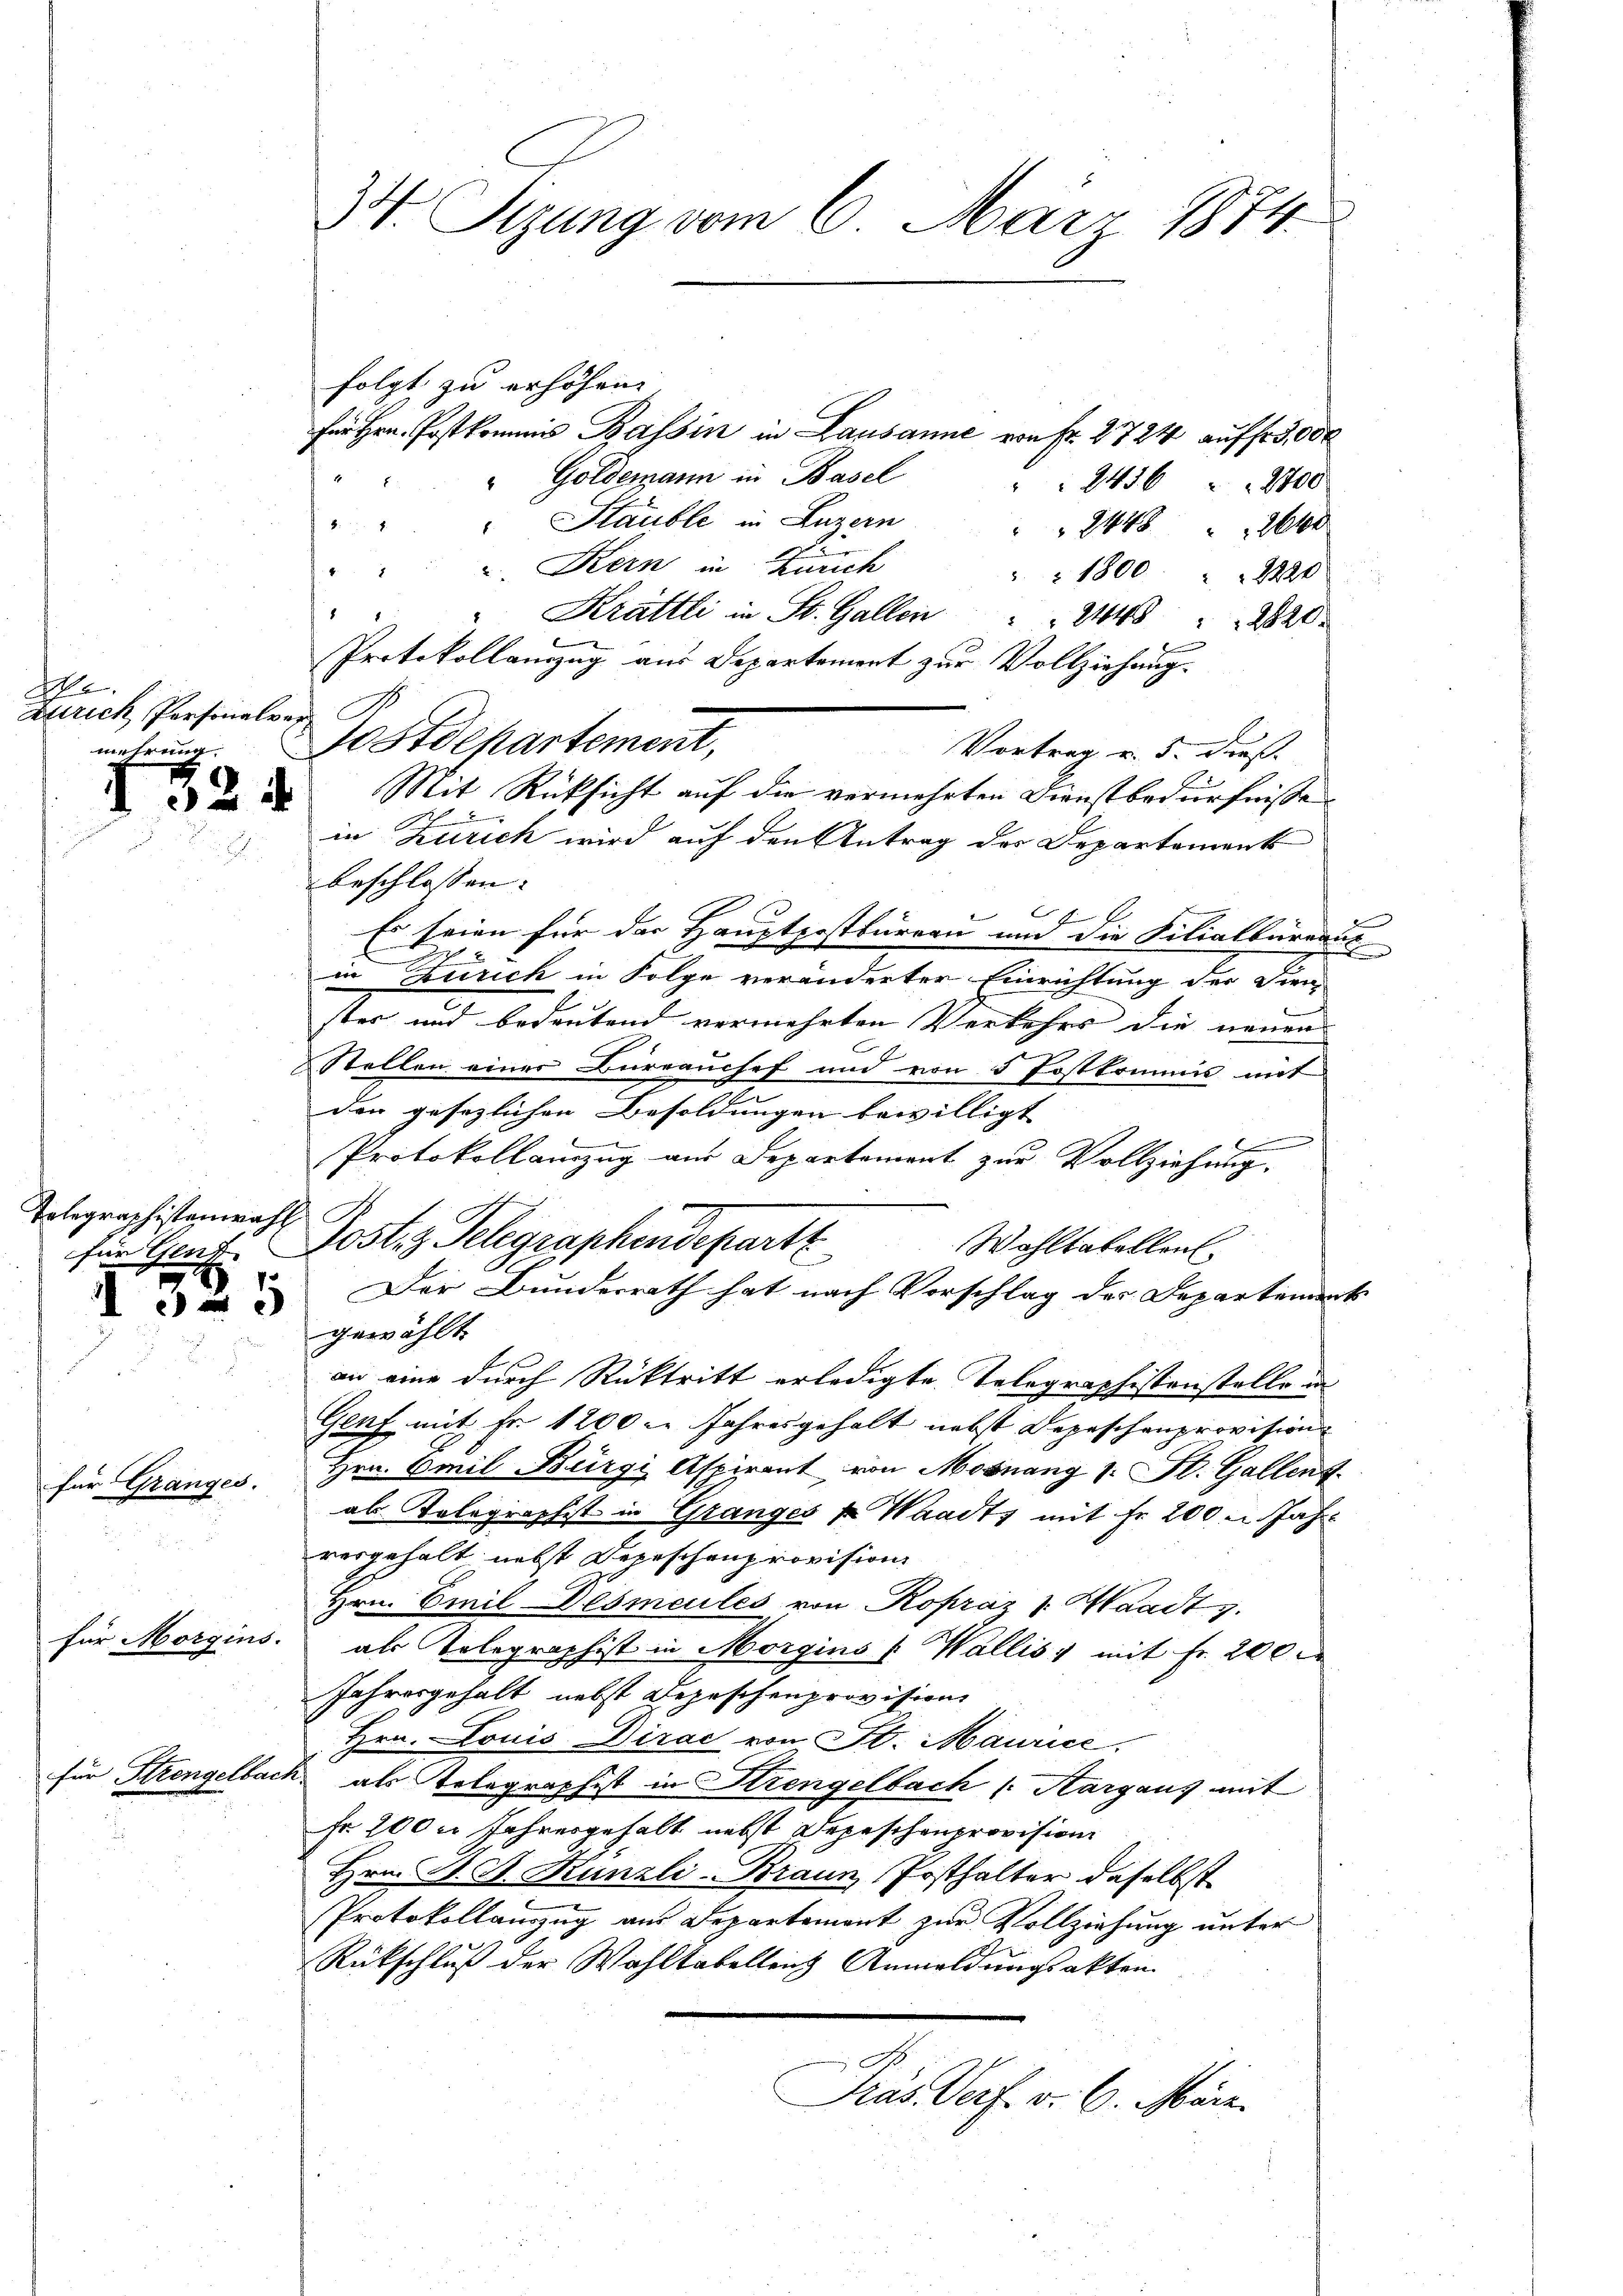
e
Zürich Personalver
mehrung.

1524

Tolegraphistenwahl
für Glutz.

für Granges.

folgt zu erhöhen. |
für Hrn. Postkommis Bassin in Lausanne von Fr. 2724 auff 3,000
" Goldemann in Basel
2436 2700
" " " Stauble in Luzern
24 2640
. Kern in Zürich
 1800 " " 2220
Krättli in St. Galle                       "  220

Protokollamzug aus Departement zur Vollziehung.
Postdepartement,
Vortrag u. 5. dieß.
Mit Rücksicht auf die vermehrten Dienstbedürfnisse
in Zürich wird auf den Antrag des Departement
beschlossen: |
E
Es seien für der Hauptpostbürern und die Filialbüreaut
in Zürich in Folge veränderter Einrichtung der Dien
ster und bedeutend vermehrten Verkehrs die neuen
Stellen einer Bureauchef und von 5 Postkommis mit
den gesezlichen Besoldungen bewilligt |
E
Protokollamzug aus Departement zur Vollziehung.
Jostiz Gelegraphendeparte
Wohltatellen
Der Bunderrath hat nach Vorschlag der Departement
gewählt.
an eine durch Rücktritt erledigte Telegraphistenstelle un
Genf mit Fr. 1200 l. Jahresgehalt nebst Depeschenprovision
Hrn. Creil Bürgi Aspirant von Mosnang 1. St. Gallent
als Kolegraphist in Granges k. Waadt, mit Fr. 200 u. Jahr
vergehalt nebst Depeschenprovision
Hrn. Emil Desmeules von Ropráz 1. Waadt z.
für Morgins. als Telegraphist in Morgins (Wallis, mit Fr. 200
Jahresgehalt nebst Depeschenprovision
Hrn. Louis Dirac von St. Maurice,
für Strengelbach als Telegraphist in Strengelbach 1. Aargaus mit
Fr. 200 m Jahresgehalt nebst Depeschenprovision
Hrn. J. St. Kanzli-Braun Posthalter daselbst
Protokollauszug aus Departement zur Vollziehung unter
Rückschluß der Wahltabelleich Anmeldungsakten.
Pras Verf. v. 6. März.

4 Sizung vom 6. März 1874.

d